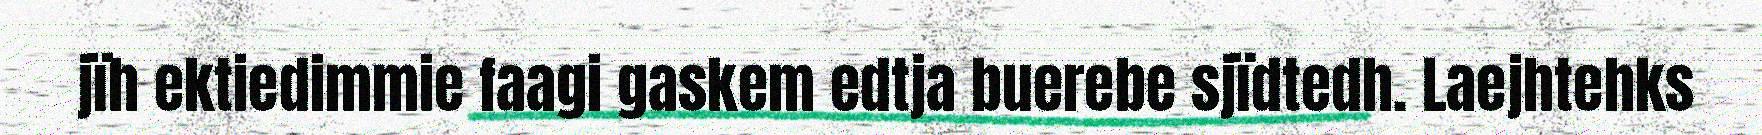
jïh ektiedimmie faagi gaskem edtja buerebe sjïdtedh. Laejhtehks